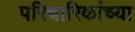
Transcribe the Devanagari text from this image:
परिचारिकांच्या